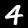
Label: 4